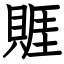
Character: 䝽